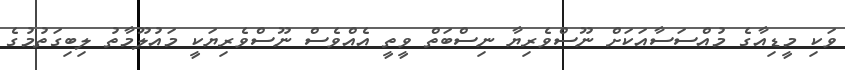
ވަކި މީޑިއާގެ މުއްސަސާއަކަށް ނޫސްވެރިޔާ ނިސްބަތް ވީތީ އެއްވެސް ނޫސްވެރިޔަކީ މައުލޫމާތު ލިބިގަތުމުގެ